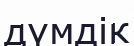
дүмдік